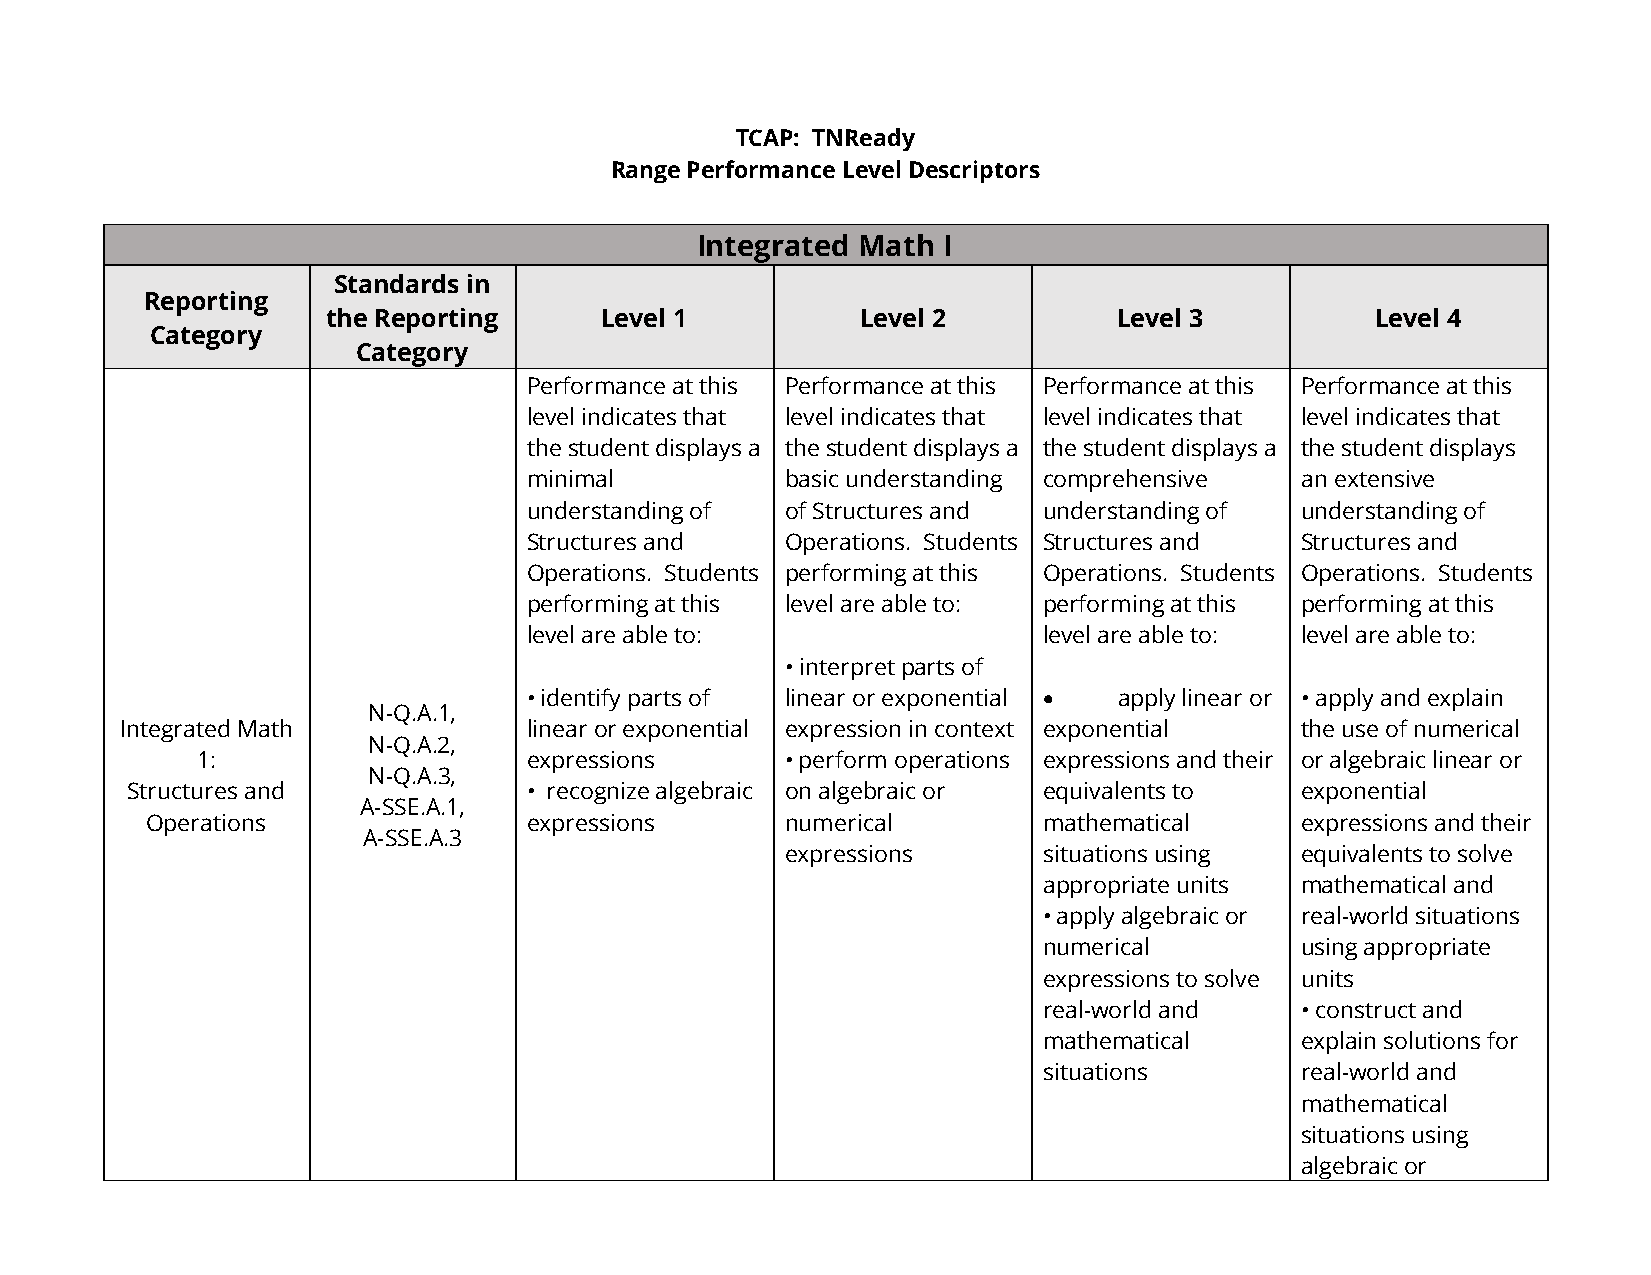
TCAP: TNReady
 Range Performance Level Descriptors
 Integrated Math I
 Standards in
 Reporting
 the Reporting     Level 1          Level 2          Level 3          Level 4
 Category
 Category
 Performance at this Performance at this Performance at this Performance at this
 level indicates that level indicates that level indicates that level indicates that
 the student displays a the student displays a the student displays a the student displays
 minimal          basic understanding comprehensive an extensive
 understanding of of Structures and understanding of understanding of
 Structures and   Operations. Students Structures and Structures and
 Operations. Students performing at this Operations. Students Operations. Students
 performing at this level are able to: performing at this performing at this
 level are able to:                level are able to: level are able to:
 • interpret parts of
 • identify parts of linear or exponential • apply linear or • apply and explain
 N-Q.A.1,
 Integrated Math            linear or exponential expression in context exponential the use of numerical
 N-Q.A.2,
 1:                    expressions      • perform operations expressions and their or algebraic linear or
 N-Q.A.3,
 Structures and             • recognize algebraic on algebraic or equivalents to exponential
 A-SSE.A.1,
 Operations               expressions      numerical        mathematical     expressions and their
 A-SSE.A.3
 expressions      situations using equivalents to solve
 appropriate units mathematical and
 • apply algebraic or real-world situations
 numerical        using appropriate
 expressions to solve units
 real-world and   • construct and
 mathematical     explain solutions for
 situations       real-world and
 mathematical
 situations using
 algebraic or